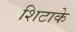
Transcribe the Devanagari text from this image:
शिटाके